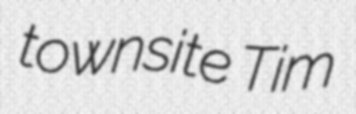
townsite Tim